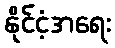
နိုင်ငံ့အရေး